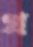
গ্র